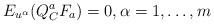
LaTeX: \begin{align*}E_{u^\alpha}(Q_C^aF_a) =0,\alpha = 1,\ldots,m\end{align*}